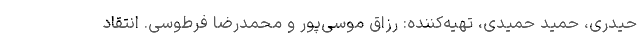
حیدری، حمید حمیدی، تهیه‌کننده: رزاق موسی‌پور و محمدرضا فرطوسی. انتقاد